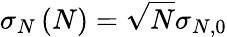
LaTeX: \sigma_{N}\left(N\right)=\sqrt{N}\sigma_{N,0}